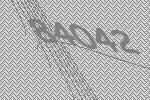
84042